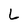
Character: L